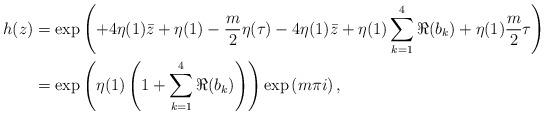
LaTeX: \begin{align*} h(z) &= \exp\left( + 4\eta(1) \bar z + \eta(1) - \frac{m}{2}\eta(\tau) - 4 \eta(1)\bar z + \eta(1) \sum_{k=1}^4 \Re(b_k) + \eta (1) \frac{m}{2}\tau\right)\\ &= \exp\left(\eta(1)\left( 1 + \sum_{k=1}^4 \Re(b_k)\right)\right) \exp\left( m \pi i \right),\end{align*}